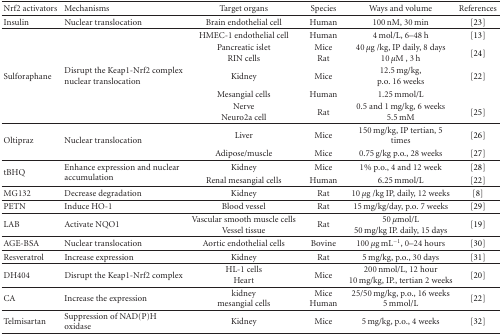
| Nrf2 activators | Mechanisms | Target organs | Species | Ways and volume | References |
 | --- | --- | --- | --- | --- | --- |
 | Insulin | Nuclear translocation | Brain endothelial cell | Human | 100 nM, 30 min | [23] |
 |  |  | HMEC-1 endothelial cell | Human | 4 mol/L, 6–48 h | [13] |
 |  |  | Pancreatic islet RIN cells | Mice Rat | 40 μg/kg, IP daily, 8 days 10 μM, 3 h | [24] |
 | Sulforaphane | Disrupt the Keap1-Nrf2 complex nuclear translocation | Kidney | Mice | 12.5 mg/kg, p.o. 16 weeks | [22] |
 |  |  | Mesangial cells | Human | 1.25 mmol/L |  |
 |  |  | NerveNeuro2a cell | Rat | 0.5 and 1 mg/kg, 6 weeks 5.5 mM | [25] |
 | <ROWSPAN=2> Oltipraz | <ROWSPAN=2> Nuclear translocation | Liver | Mice | 150 mg/kg, IP tertian, 5 times | [26] |
 | Adipose/muscle | Mice | 0.75 g/kg p.o., 28 weeks | [27] |
 | <ROWSPAN=2> tBHQ | <ROWSPAN=2> Enhance expression and nuclear accumulation | Kidney | Mice | 1% p.o., 4 and 12 week | [28] |
 | Renal mesangial cells | Human | 6.25 mmol/L | [22] |
 | MG132 | Decrease degradation | Kidney | Rat | 10 μg/kg IP, daily, 12 weeks | [8] |
 | PETN | Induce HO-1 | Blood vessel | Rat | 15 mg/kg/day, p.o. 7 weeks | [29] |
 | LAB | Activate NQO1 | Vascular smooth muscle cells Vessel tissue | Rat | 50 μmol/L 50 mg/kg IP. daily, 15 days | [19] |
 | AGE-BSA | Nuclear translocation | Aortic endothelial cells | Bovine | 100 μg mL−1, 0–24 hours | [30] |
 | Resveratrol | Increase expression | Kidney | Rat | 5 mg/kg, p.o., 30 days | [31] |
 | DH404 | Disrupt the Keap1-Nrf2 complex | HL-1 cells Heart | Mice | 200 nmol/L, 12 hour 10 mg/kg, IP., tertian 2 weeks | [20] |
 | CA | Increase the expression | kidney mesangial cells | Mice Human | 25/50 mg/kg, p.o., 16 weeks 5 mmol/L | [22] |
 | Telmisartan | Suppression of NAD(P)H oxidase | Kidney | Mice | 5 mg/kg, p.o., 4 weeks | [32] |